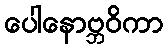
ပေါနောဗ္ဘဝိကာ